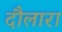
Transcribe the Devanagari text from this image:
दौलारा